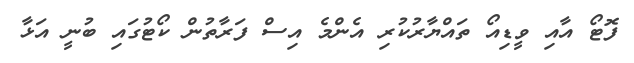
ފޮޓޯ އާއި ވީޑިއޯ ތައްޔާރުކުރި އެންމެ އިސް ފަރާތުން ކޯޓުގައި ބުނީ އަޅާ